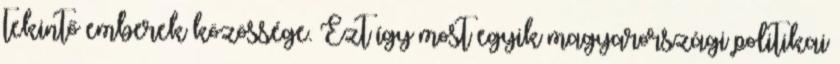
tekintő emberek közössége. Ezt így most egyik magyarországi politikai